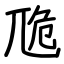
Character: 卼